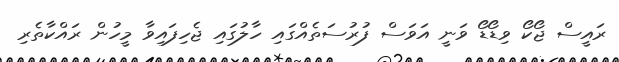
ރައީސް ޖޯކޯ ވިޑޯޑޯ ވަނީ އަވަސް ފުރުސަތެއްގައި ހާލުގައި ޖެހިފައިވާ މީހުން ރައްކާތެރި